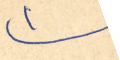
١)